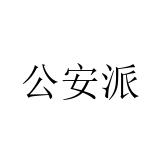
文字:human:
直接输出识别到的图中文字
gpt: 公安派